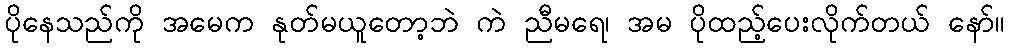
ပိုနေသည်ကို အမေက နုတ်မယူတော့ဘဲ ကဲ ညီမရေ၊ အမ ပိုထည့်ပေးလိုက်တယ် နော်။